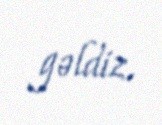
gəldiz.